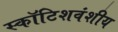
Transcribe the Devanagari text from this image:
स्कॉटिशवंशीय